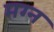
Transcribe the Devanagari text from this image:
मग्‍न